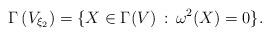
LaTeX: \begin{align*}\Gamma\left(V_{\xi_2}\right)=\{X\in\Gamma(V)\,:\,\omega^2(X)=0\}.\end{align*}